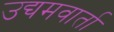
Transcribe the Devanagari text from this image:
उद्यमवार्ता